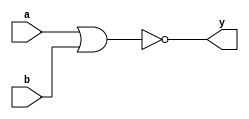
module nor_gate(input a,input b,output y);
    nor(y,a,b);
endmodule